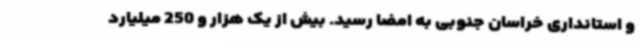
و استانداری خراسان جنوبی به امضا رسید. بیش از یک هزار و 250 میلیارد